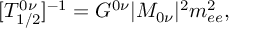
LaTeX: [ T _ { 1 / 2 } ^ { 0 \nu } ] ^ { - 1 } = G ^ { 0 \nu } | M _ { 0 \nu } | ^ { 2 } m _ { e e } ^ { 2 } ,